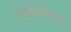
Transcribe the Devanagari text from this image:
मन्युफैक्चरिंग